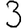
Digit: 3